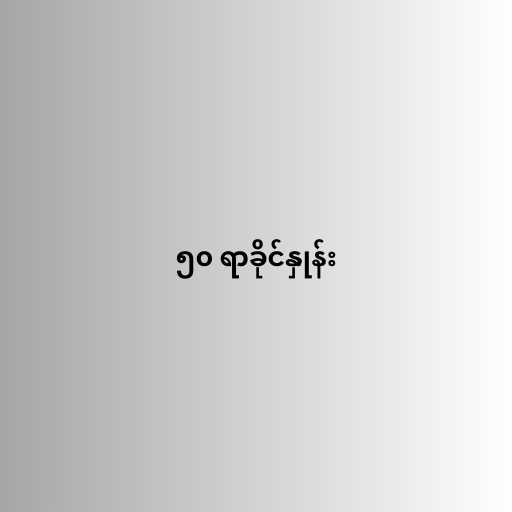
၅၀ ရာခိုင်နှုန်း